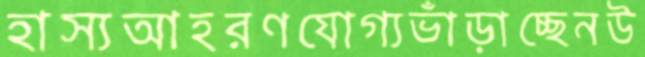
হাস্যআহরণযোগ্যভাঁড়াচ্ছেনউ